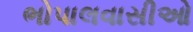
ભોપાલવાસીઓ